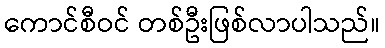
ကောင်စီဝင် တစ်ဦးဖြစ်လာပါသည်။